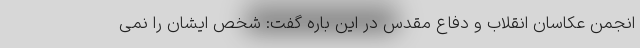
انجمن عکاسان انقلاب و دفاع مقدس در این باره گفت: شخص ایشان را نمی